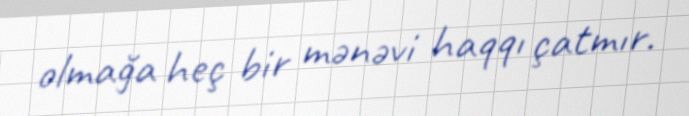
olmağa heç bir mənəvi haqqı çatmır.